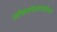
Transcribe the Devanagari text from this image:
लोकसंख्यावाढीच्या